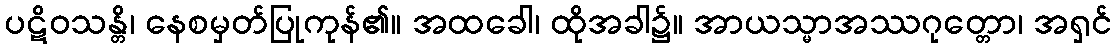
ပဋိဝသန္တိ၊ နေစမှတ်ပြုကုန်၏။ အထခေါ၊ ထိုအခါ၌။ အာယသ္မာအဿဂုတ္တော၊ အရှင်